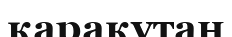
қарақұтан